Statistical return of the lunatic asylum in Assam - 1912-1932
Year: 1912
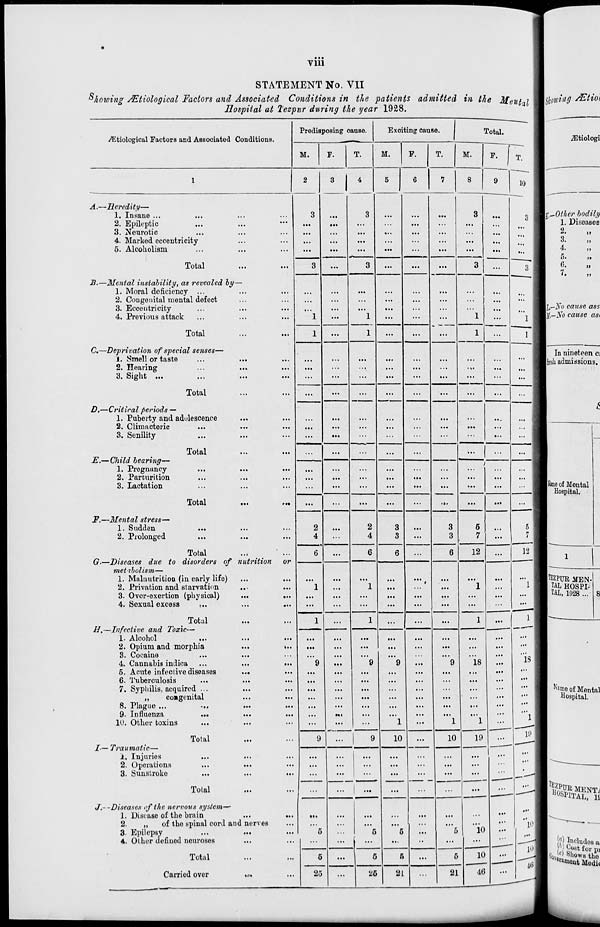
Vlll
STATEMENT No. VII
"/lowing /Etiological Factors and Associated Conditions in the patients admitted in the Meut 1
Hospital at Tezpur during the year 1928.
Predisposing cause.
Exciting cause.
rotal.
^tiological Factors and Associated Conditions.
1
T.
M.
F.
T.
M.
F.
T.
M.
F. 1
1
2
3 i 4 5 6 7 8 9 10
A.—Heredity—
1. Insane ...
...
3
...
3
...
...
...
3
...
3
2. Epileptic
...
...
...
...
...
...
...
...
3. Neurotic
...
...
...
.
4. Marked eccentricity
...
...
...
...
...
5. Alcoholism
...
...
...
...
...
...
...
...
...
...
3
Total
3
...
3
...
...
...
3
...
B.—Mental instability, as revealed by
1. Moral deficiency ...
...
...
...
...
...
...
...
2. Congenital mental defect
...
...
...
...
...
...
...
...
3. Eccentricity
...
...
■ •.
...
...
...
,
4. Previous attack
...
...
1
...
1
...
...
1
1 1
1
Total
1
...
1
...
...
1
C,—Deprivation of special senses—
I. Smell or taste
...
...
...
•..
...
...
...
...
...
2. Hearing
...
...
...
...
...
...
>*•
3. Sight ...
...
...
...
...
...
...
...
...
Total
...
...
...
...
...
...
...
D,—Criiiral periods —
1. Puberty and adolescence
...
...
...
...
...
...
...
...
...
...
2. Climacteric
...
...
...
...
...
...
...
...
3. Senility
...
...
...
.—
...
...
...
...
...
...
Total
...
E.— Child bearing—
j
1. Pregnancy
...
...
...
...
...
...
...
...
...
...
...
2. Parturition
...
...
...
...
...
...
...
...
...
...
3. Lactation
...
...
...
...
...
...
...
...
...
...
Total
...
...
...
...
...
...
...
...
...
JF.—Mental stress—
1. Sudden
...
...
...
2
...
2
3
...
3
5
5
2. Prolonged
...
...
4
...
4
3
...
3
7 ■ ...
7
12
Total
6
6
6
6
12
G-—Diseases due to disorders of
metabolism—
nutritio?i or
1. Malnutrition (in early life)
• i.
...
...
...
...
...
...
...
...
...
2. Privation and starvation
...
...
1
...
1
...
1
1
3. Over-exertion (physical)
...
...
...
...
...
...
...
...
...
4. Sexual excess
; ..
...
...
...
...
...
...
...
...
__—
1
Total
1
1
1
H.—Infective and Toxic—
1. Alcohol
...
...
...
2. Opium and morphia
...
...
...
...
...
...
...
...
...
...
...
3. Cocaine
...
...
...
...
...
18
4. Cannabia indica
...
...
9
...
9
9
...
9
18
...
6. Acute infective diseases
...
...
...
...
...
...
...
...
•..
...
...
6. Tuberculosis
...
...
...
...
...
...
...
7. Syphilis, acquired ...
...
...
...
...
...
...
...
...
...
...
...
„
congenital
...
...
...
...
...
...
...
...
...
...
...
8. Plague ...
...
...
...
...
...
...
...
...
...
...
...
...
9. Infiuenza
...
...
...
••<
...
...
...
...
...
'"l
19
1U. Other toxins
• •<
I
...
...
1
...
1
1
__^-
Total
9
9
10
10
19
I-— Traumatic—
1. Injuries
...
...
...
...
... 1 ...
...
2. Operations
...
...
...
...
...
...
...
...
...
...
3. Sunstroke
...
...
...
...
...
...
-Jl—
... -H
Total
... | ...
...
J.--Diseases of the nervous system—*
1, Disease of the brain
...
...
...
...
...
...
...
...
2.
„
of the spinal cord ai d nerves
...
... i "'
...
...
...
if
3. Epilepsy
...
...
5
5
5
...
0
10
.«•
4. Other defiued neuroses
...
...
...
... 1 - ... • • ... ... ._
Total
...
...
5
...
6
5
...
6
10
...
i^
id
i
J
Carriod over
tx»
...
25
...
26
21
... |
21
40
...
|l,—iVb cause ass
\t-No cause asi
In nineteen ci
I Jreslx admissions.
Sa mo of Mental